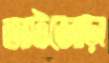
আটজোড়া